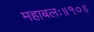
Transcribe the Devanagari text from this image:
महाबलः॥१०॥